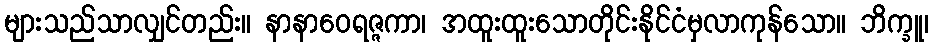
များသည်သာလျှင်တည်း။ နာနာဝေရဇ္ဇကာ၊ အထူးထူးသောတိုင်းနိုင်ငံမှလာကုန်သော။ ဘိက္ခူ၊